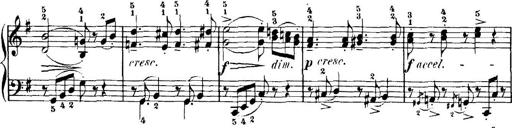
Title: 7 Sonatinas
Composer: Anton Diabelli